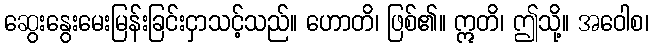
ဆွေးနွေးမေးမြန်းခြင်းငှာသင့်သည်။ ဟောတိ၊ ဖြစ်၏။ ဣတိ၊ ဤသို့။ အဝေါစ၊